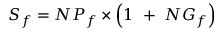
S _ { f } = N P _ { f } \times \left( 1 \ + \ N G _ { f } \right)